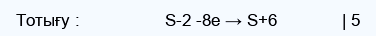
Тотығу :                 S-2 -8e → S+6             | 5